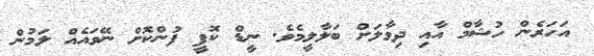
އަހަރެން ހުޝާމް އާއި ދިމާލަށް ބަލާލީމެވެ. ނީޑް ކޮފީ ފުންކޮށް ނޭވައެއް ލަމުން